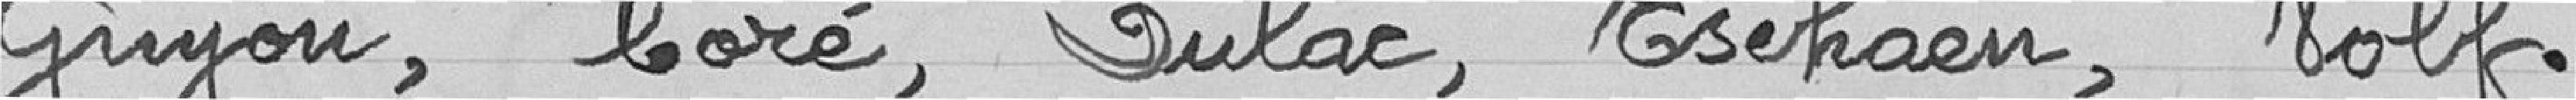
Guyon, Coré, Dulac, Tschaen, Wolf.